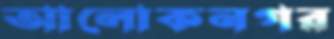
আলোকনগর